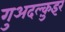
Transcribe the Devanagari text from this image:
गुअदल्क़ुइर